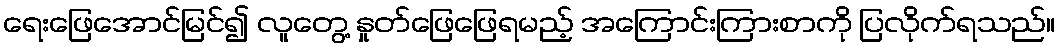
ရေးဖြေအောင်မြင်၍ လူတွေ့ နှုတ်ဖြေဖြေရမည့် အကြောင်းကြားစာကို ပြလိုက်ရသည်။